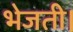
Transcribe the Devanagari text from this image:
भेजती।